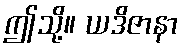
ဤသို့။ ယဒိဇာနာ